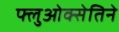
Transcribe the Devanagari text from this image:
फ्लुओक्सेतिने